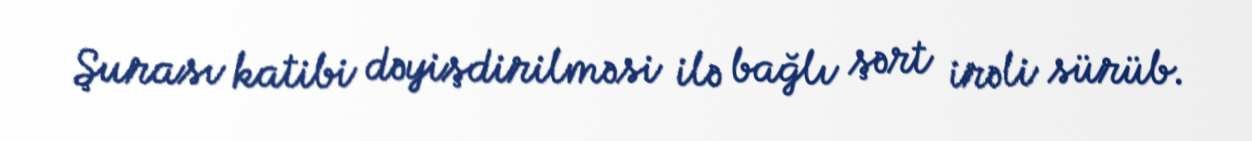
Şurası katibi dəyişdirilməsi ilə bağlı şərt irəli sürüb.